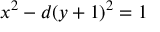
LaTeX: x ^ { 2 } - d ( y + 1 ) ^ { 2 } = 1